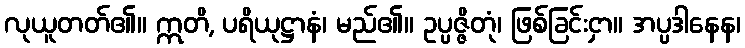
လုယူတတ်၏။ ဣတိ, ပရိယုဋ္ဌာနံ၊ မည်၏။ ဥပ္ပဇ္ဇိတုံ၊ ဖြစ်ခြင်းငှာ။ အပ္ပဒါနေန၊